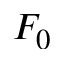
F _ { 0 }